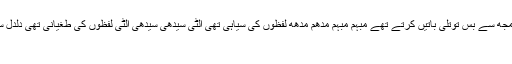
نام استاد کچھ ایسے بھی دن تھے کہ میں گھٹنوں کے بل چلتی تھی لفظ میرے مجھ سے بس توتلی باتیں کرتے تھے مبہم مبہم مدھم مدھھ لفظوں کی سیاہی تھی الٹی سیدھی سیدھی الٹی لفظوں کی طغیانی تھی دلدل سی تھی بکھیرا تھا پہنچ میں بس اندھیرا تھا لفظ جھگڑتے قلم سے پھسلتے […]
فریب ۔